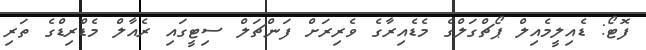
ފޮޓޯ: ޑެއިލީމެއިލް ޕޯޗްގަލްގެ މެޑެއިރާގެ ވެރިރަށް ފަންޗަލް ސިޓީގައި ރެއާލް މެޑްރިޑްގެ ތަރި